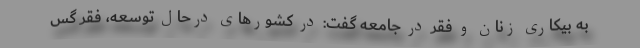
به بیکاری زنان و فقر در جامعه گفت: در کشورهای درحال توسعه، فقر گس